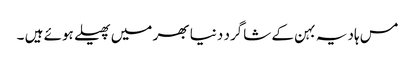
مس ہادیہ بہن کے شاگرد دنیا بھر میں پھیلے ہوئے ہیں ۔